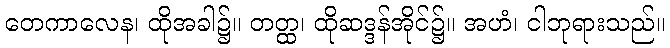
တေကာလေန၊ ထိုအခါ၌။ တတ္ထ၊ ထိုဆဒ္ဒန်အိုင်၌။ အဟံ၊ ငါဘုရားသည်။